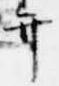
弁